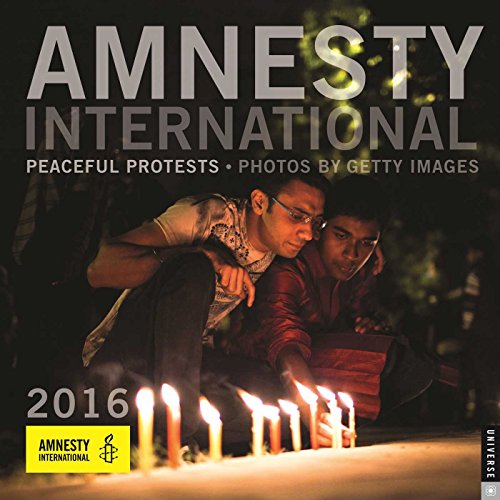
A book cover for Amnesty International 2016 Wall Calendar; Getty Images; Calendars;